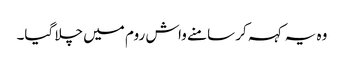
وہ یہ کہہ کر سامنے واش روم میں چلا گیا۔